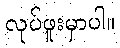
လုပ်ဖူးမှာပါ။